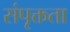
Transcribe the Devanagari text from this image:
संपृक्तता